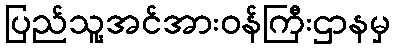
ပြည်သူ့အင်အားဝန်ကြီးဌာနမှ